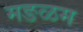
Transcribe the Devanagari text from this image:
मङळम